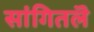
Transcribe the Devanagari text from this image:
सांगितलॆ